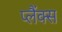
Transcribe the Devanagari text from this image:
प्लैंक्स